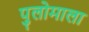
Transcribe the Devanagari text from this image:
पुलोमाला